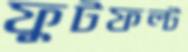
ফুটফল্ট